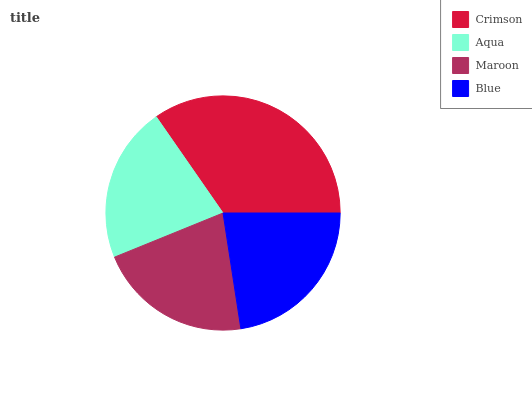
| Crimson | Aqua | Maroon | Blue |
 | --- | --- | --- | --- |
 | 34.7% | 21.5% | 21.3% | 22.6% |